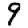
Digit: 9